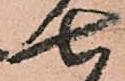
七